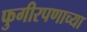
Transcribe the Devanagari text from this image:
फुगीरपणाच्या